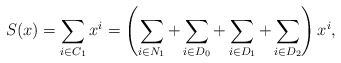
\begin{align*}S(x)=\sum_{i\in C_1}x^i=\left(\sum_{i\in N_1}+\sum_{i\in D_0}+\sum_{i\in D_1}+\sum_{i\in D_2}\right)x^i,\end{align*}